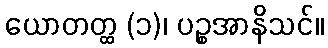
ယောတတ္ထ (၁)၊ ပဉ္စအာနိသင်။